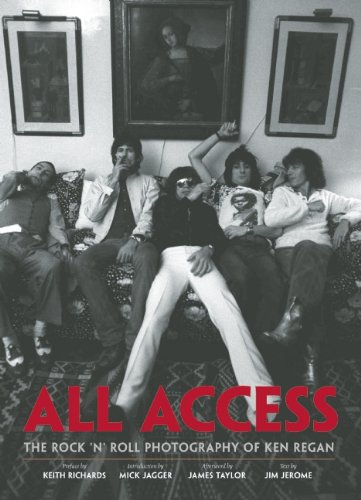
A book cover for All Access: The Rock 'N' Roll Photography of Ken Regan; Jim Jerome; Arts & Photography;